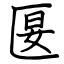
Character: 匽